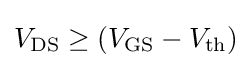
V_{\text{DS}}\geq (V_{\text{GS}}-V_{\text{th}})